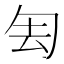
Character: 𠣗